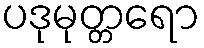
ပဒုမုတ္တရော